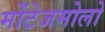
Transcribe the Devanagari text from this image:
मोंटेजमोलो